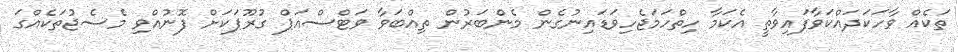
ތަކެއް ވާހަކަދައްކަވާފައިވާތީ އެކަމާ ހިތްހަމަޖެހިވަޑައިނުގެން މެންބަރުން ތިއްބަވާ ވަޓްސްއަޕް ގުރޫޕަކަށް ފޮނުއްވި މެސެޖުތަކެއްގަ